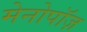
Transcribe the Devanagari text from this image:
मेनोपॉज़